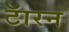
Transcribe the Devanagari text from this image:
टॅारन